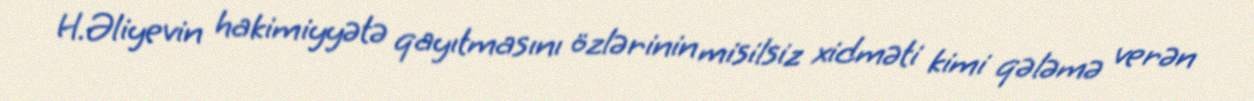
H.Əliyevin hakimiyyətə qayıtmasını özlərinin misilsiz xidməti kimi qələmə verən